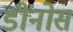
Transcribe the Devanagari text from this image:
डीनोस